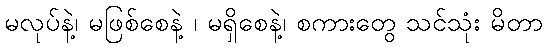
မလုပ်နဲ့၊ မဖြစ်စေနဲ့ ၊ မရှိစေနဲ့၊ စကားတွေ သင်သုံး မိတာ